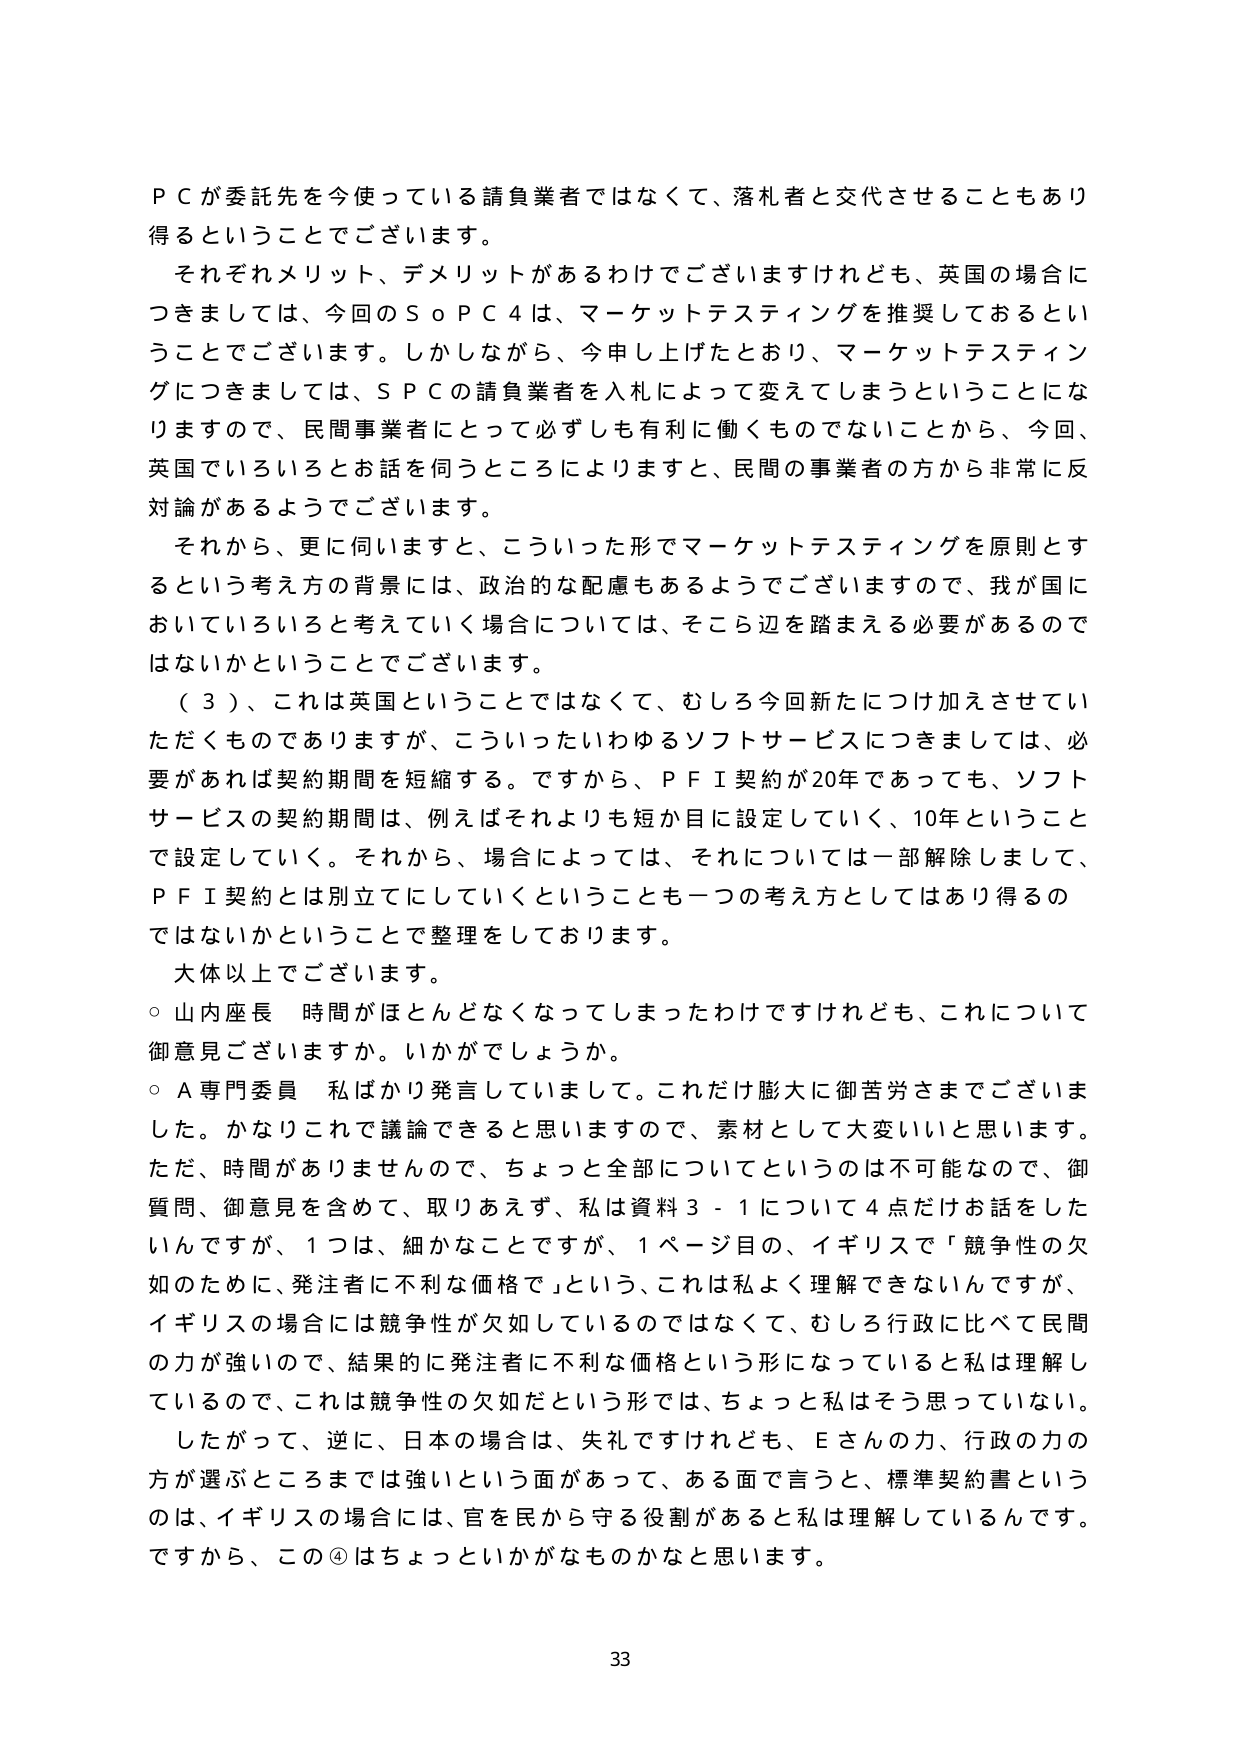
ＰＣが委託先を今使っている請負業者ではなくて、落札者と交代させることもあり得るということでございます。

それぞれメリット、デメリットがあるわけでございますけれども、英国の場合につきましては、今回のＳｏＰＣ４は、マーケットテスティングを推奨しておるということでございます。しかしながら、今申し上げたとおり、マーケットテスティングにつきましては、ＳＰＣの請負業者を入札によって変えてしまうということになりますので、民間事業者にとって必ずしも有利に働くものでないことから、今回、英国でいろいろとお話を伺うところによりますと、民間の事業者の方から非常に反対論があるようでございます。

それから、更に伺いますと、こういった形でマーケットテスティングを原則とするという考え方の背景には、政治的な配慮もあるようでございますので、我が国においていろいろと考えていく場合については、そこら辺を踏まえる必要があるのではないかということでございます。

（３）、これは英国ということではなくて、むしろ今回新たにつけ加えさせていただくものでありますが、こういったいわゆるソフトサービスにつきましては、必要があれば契約期間を短縮する。ですから、ＰＦＩ契約が20年であっても、ソフトサービスの契約期間は、例えばそれよりも短か目に設定していく、10年ということで設定していく。それから、場合によっては、それについては一部解除しまして、ＰＦＩ契約とは別立にしていくということも一つの考え方としてはあり得るのではないかということで整理をしております。

大体以上でございます。

○ 山内座長 時間がほとんどなくなってしまったわけですがけれども、これについて御意見ございますか。いかがでしょうか。

○ Ａ専門委員 私ばかり発言していまして。これだけ膨大に御苦労さまでございました。かなりこれで議論できると思いますので、素材として大変いいと思います。ただ、時間があリませんので、ちょっと全部についてというのは不可能なので、御質問、御意見を含めて、取りあえず、私は資料３－１について４点だけお話をしたいんですが、１つは、細かなことですが、１ページ目の、イギリスで「競争性の欠如のために、発注者に不利な価格で」という、これは私よく理解できないんですが、イギリスの場合には競争性が欠如しているのではなくて、むしろ行政に比べて民間の力が強いので、結果的に発注者に不利な価格という形になっていると私は理解しているので、これは競争性の欠如だという形では、ちょっと私はそう思っていない。

したがって、逆に、日本の場合は、失礼ですけれども、Ｅさんの力、行政の力の方が選ぶところまでは強いという面があって、ある面で言うと、標準契約書というのは、イギリスの場合には、官を民から守る役割があると私は理解しているんです。ですから、この④はちょっといかがなものかなと思います。

33